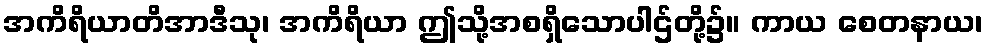
အကိရိယာတိအာဒီသု၊ အကိရိယာ ဤသို့အစရှိသောပါဌ်တို့၌။ ကာယ စေတနာယ၊